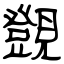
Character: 覴